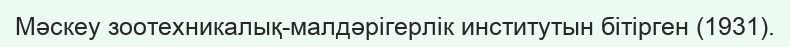
Мәскеу зоотехникалық-малдәрігерлік институтын бітірген (1931).